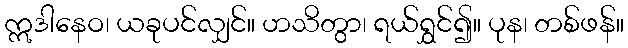
ဣဒါနေဝ၊ ယခုပင်လျှင်။ ဟသိတွာ၊ ရယ်ရွှင်၍။ ပုန၊ တစ်ဖန်။